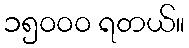
၁၅၀၀၀ ရတယ်။